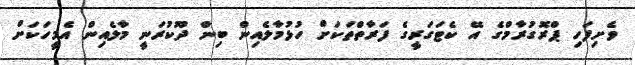
ވެށިފަހި ޕްރޮގުރާމްގެ އޭ ކެޓަގަރީގެ ފަރާތްތަކަށް ހުޅުމާލެއިން ބިން ދޫކުރަނީ މާލެއިން އެމީހަކަށް